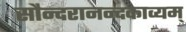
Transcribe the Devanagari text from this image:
सौन्दरानन्दकाव्यम्